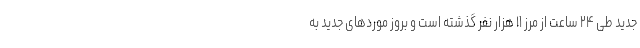
جدید طی ۲۴ ساعت از مرز ۱۱ هزار نفر گذشته است و بروز موردهای جدید به